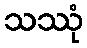
သဿုံ